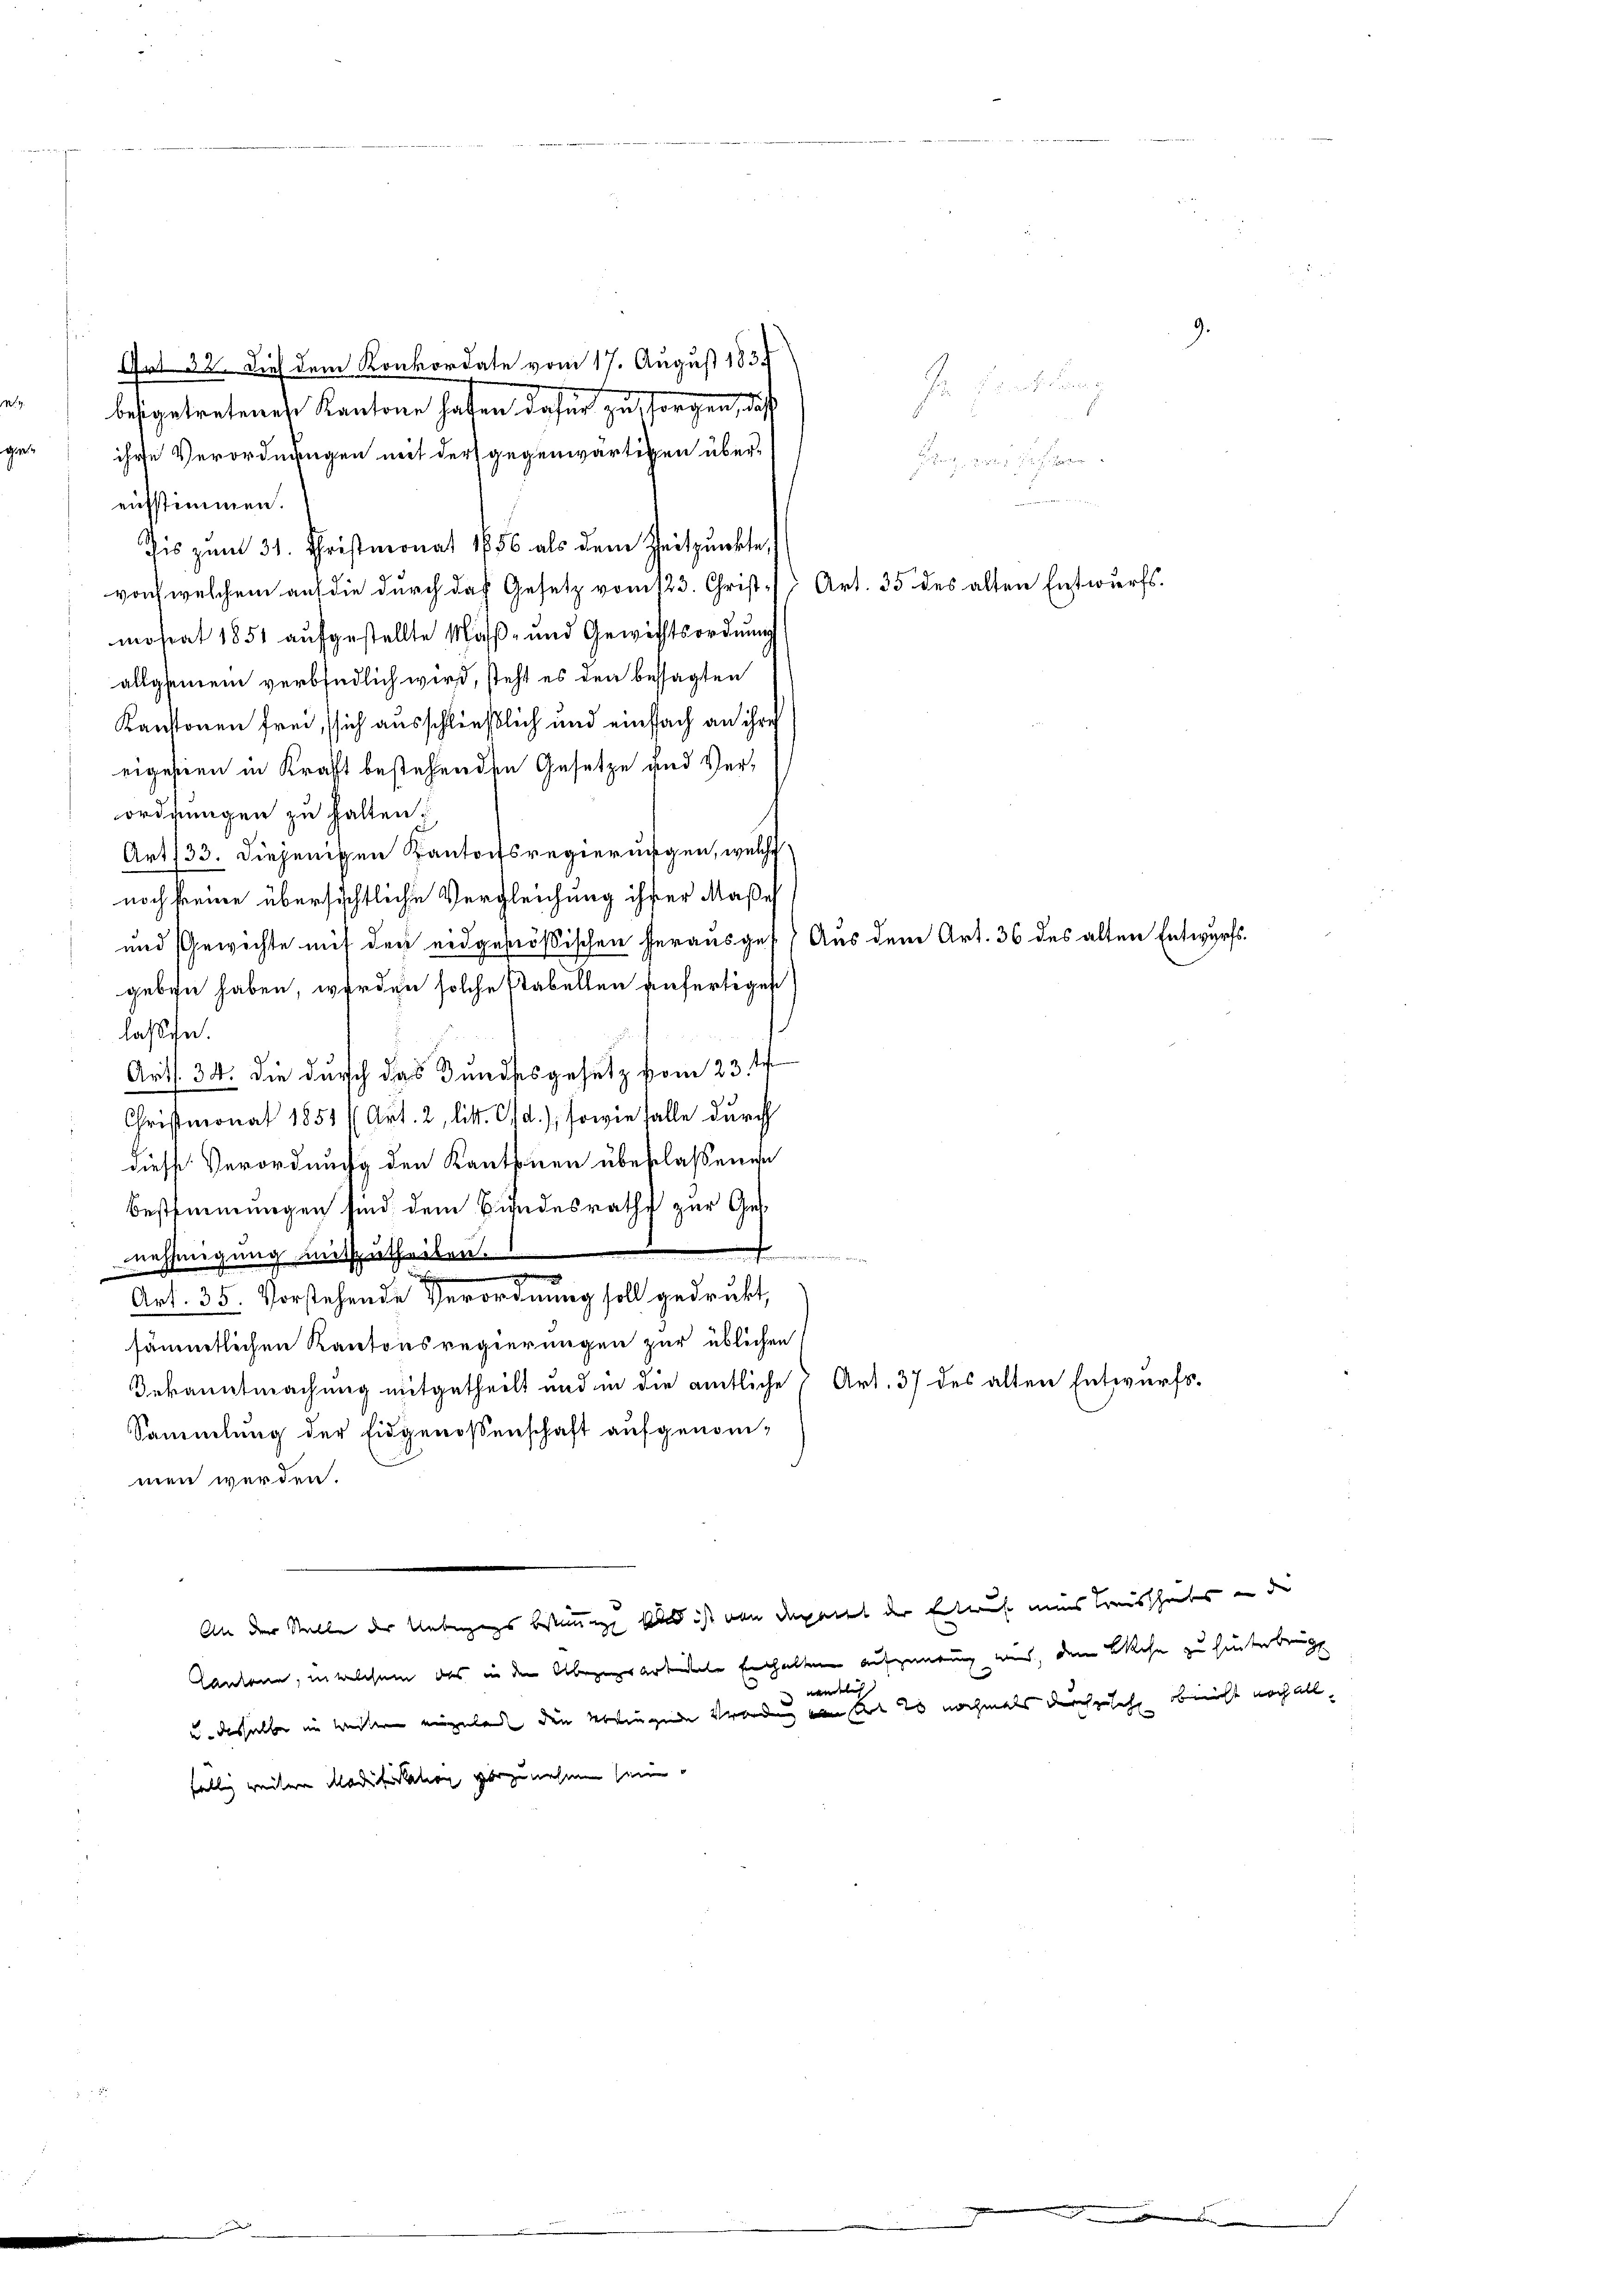
Fristung
ihre Verordnungen mit der gegenwärtigen über-
atz, von Her
1 des gut kenner
ausstimmen.
Zis zum 31. Christmonat 1856 als dem Zeitpunkte,
von, welchem auf die durch das Gesetz vom 123. Christ. Art. 35 des alten Entwurfs-
mosrat 1851 aufgestellte Maß- und Gewichtsordnung
allgemein verbindlich wird, steht es den besagten
Kantonen frei, sich ausschließlich und einfach an ihre
eigesien in Kraft bestehenden Gesetze und Verordnungen zu halten.
Art 133. Diejenigen Kantonsregierungen, welche
noch seine übersichtliche Vergleichung ihrer Maße
und Gewichte mit der eidgenößischen herausges. Aus dem Art. 36 des alten Entwurfs
geben haben, werden solche stabellen anfertiges
laßen.
Art. 34. die durch das Bundesgesetz vom 23. t
Christmonat 1851 (Art. 2, litt. O/d.), sowie falle durch
diesse Verordnung den Kantonen überlaßenen
Bestimmungen sind dem Bundesraths zur Ges
anferinnern anden
nehmigung mitzutheilen.
5
Art. 35. Vorstehende Verordnung soll gedrukt,
sämmtlichen Kantonsregierungen zur üblichen
Bekanntmachung mitgetheilt und in die amtliche 7 Art. 37 des alten Entwurfs-
Sammlung der Eidgenossenschaft aufgenom-
men werden.
An der Stelle der Ueberzugs bestimmigt, und ist von deratet der Erlauf eins Kreissheits in de
Cantone, in welchem das in den Abzugearbeite Enthalten aufzeitung wird, dem Bahn zu hinterbringt
wandeln
¬
u. desselbe in weitern einzulade den erlingende Verordung von der es nochmals durchzusehe bericht noch all
fällig weitere Modifikation vorzunehmen sein

Grt. 32. Dies dem Konkordate vom 17. August 1834
besgetretenen Kantone hafen dafür zu sorgen, dass